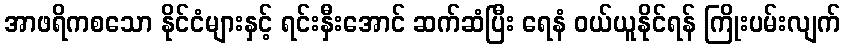
အာဖရိကစသော နိုင်ငံများနှင့် ရင်းနှီးအောင် ဆက်ဆံပြီး ရေနံ ဝယ်ယူနိုင်ရန် ကြိုးပမ်းလျက်